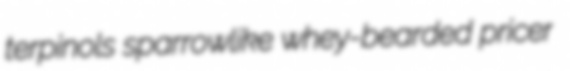
terpinols sparrowlike whey-bearded pricer